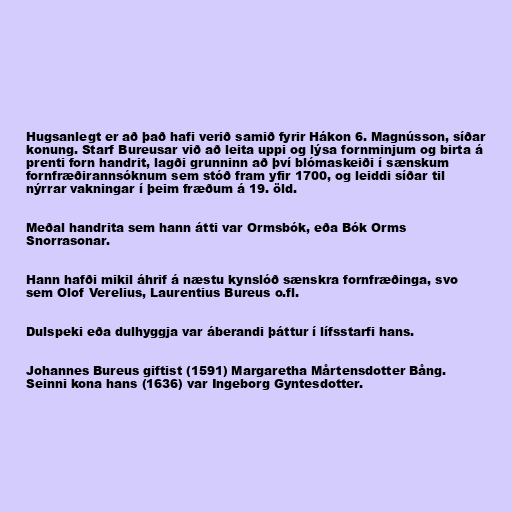
Hugsanlegt er að það hafi verið samið fyrir Hákon 6. Magnússon, síðar
konung. Starf Bureusar við að leita uppi og lýsa fornminjum og birta á
prenti forn handrit, lagði grunninn að því blómaskeiði í sænskum
fornfræðirannsóknum sem stóð fram yfir 1700, og leiddi síðar til
nýrrar vakningar í þeim fræðum á 19. öld.

Meðal handrita sem hann átti var Ormsbók, eða Bók Orms
Snorrasonar.

Hann hafði mikil áhrif á næstu kynslóð sænskra fornfræðinga, svo
sem Olof Verelius, Laurentius Bureus o.fl.

Dulspeki eða dulhyggja var áberandi þáttur í lífsstarfi hans.

Johannes Bureus giftist (1591) Margaretha Mårtensdotter Bång.
Seinni kona hans (1636) var Ingeborg Gyntesdotter.